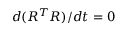
d ( R ^ { T } R ) / d t = 0